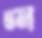
ভন